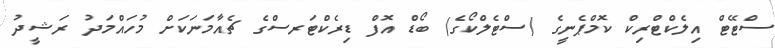
ސްޓޭޓް އިލެކްޓްރިކް ކޮމްޕެނީގެ (ސްޓެލްކޯގެ) ބޯޑް އޮފް ޑިރެކްޓަރސްގެ ޗެއާމަނަކަށް މުހައްމަދު ރަޝީދު